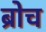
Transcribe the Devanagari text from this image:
ब्रोच